kultuurilooline_kollektsioon, lk 88
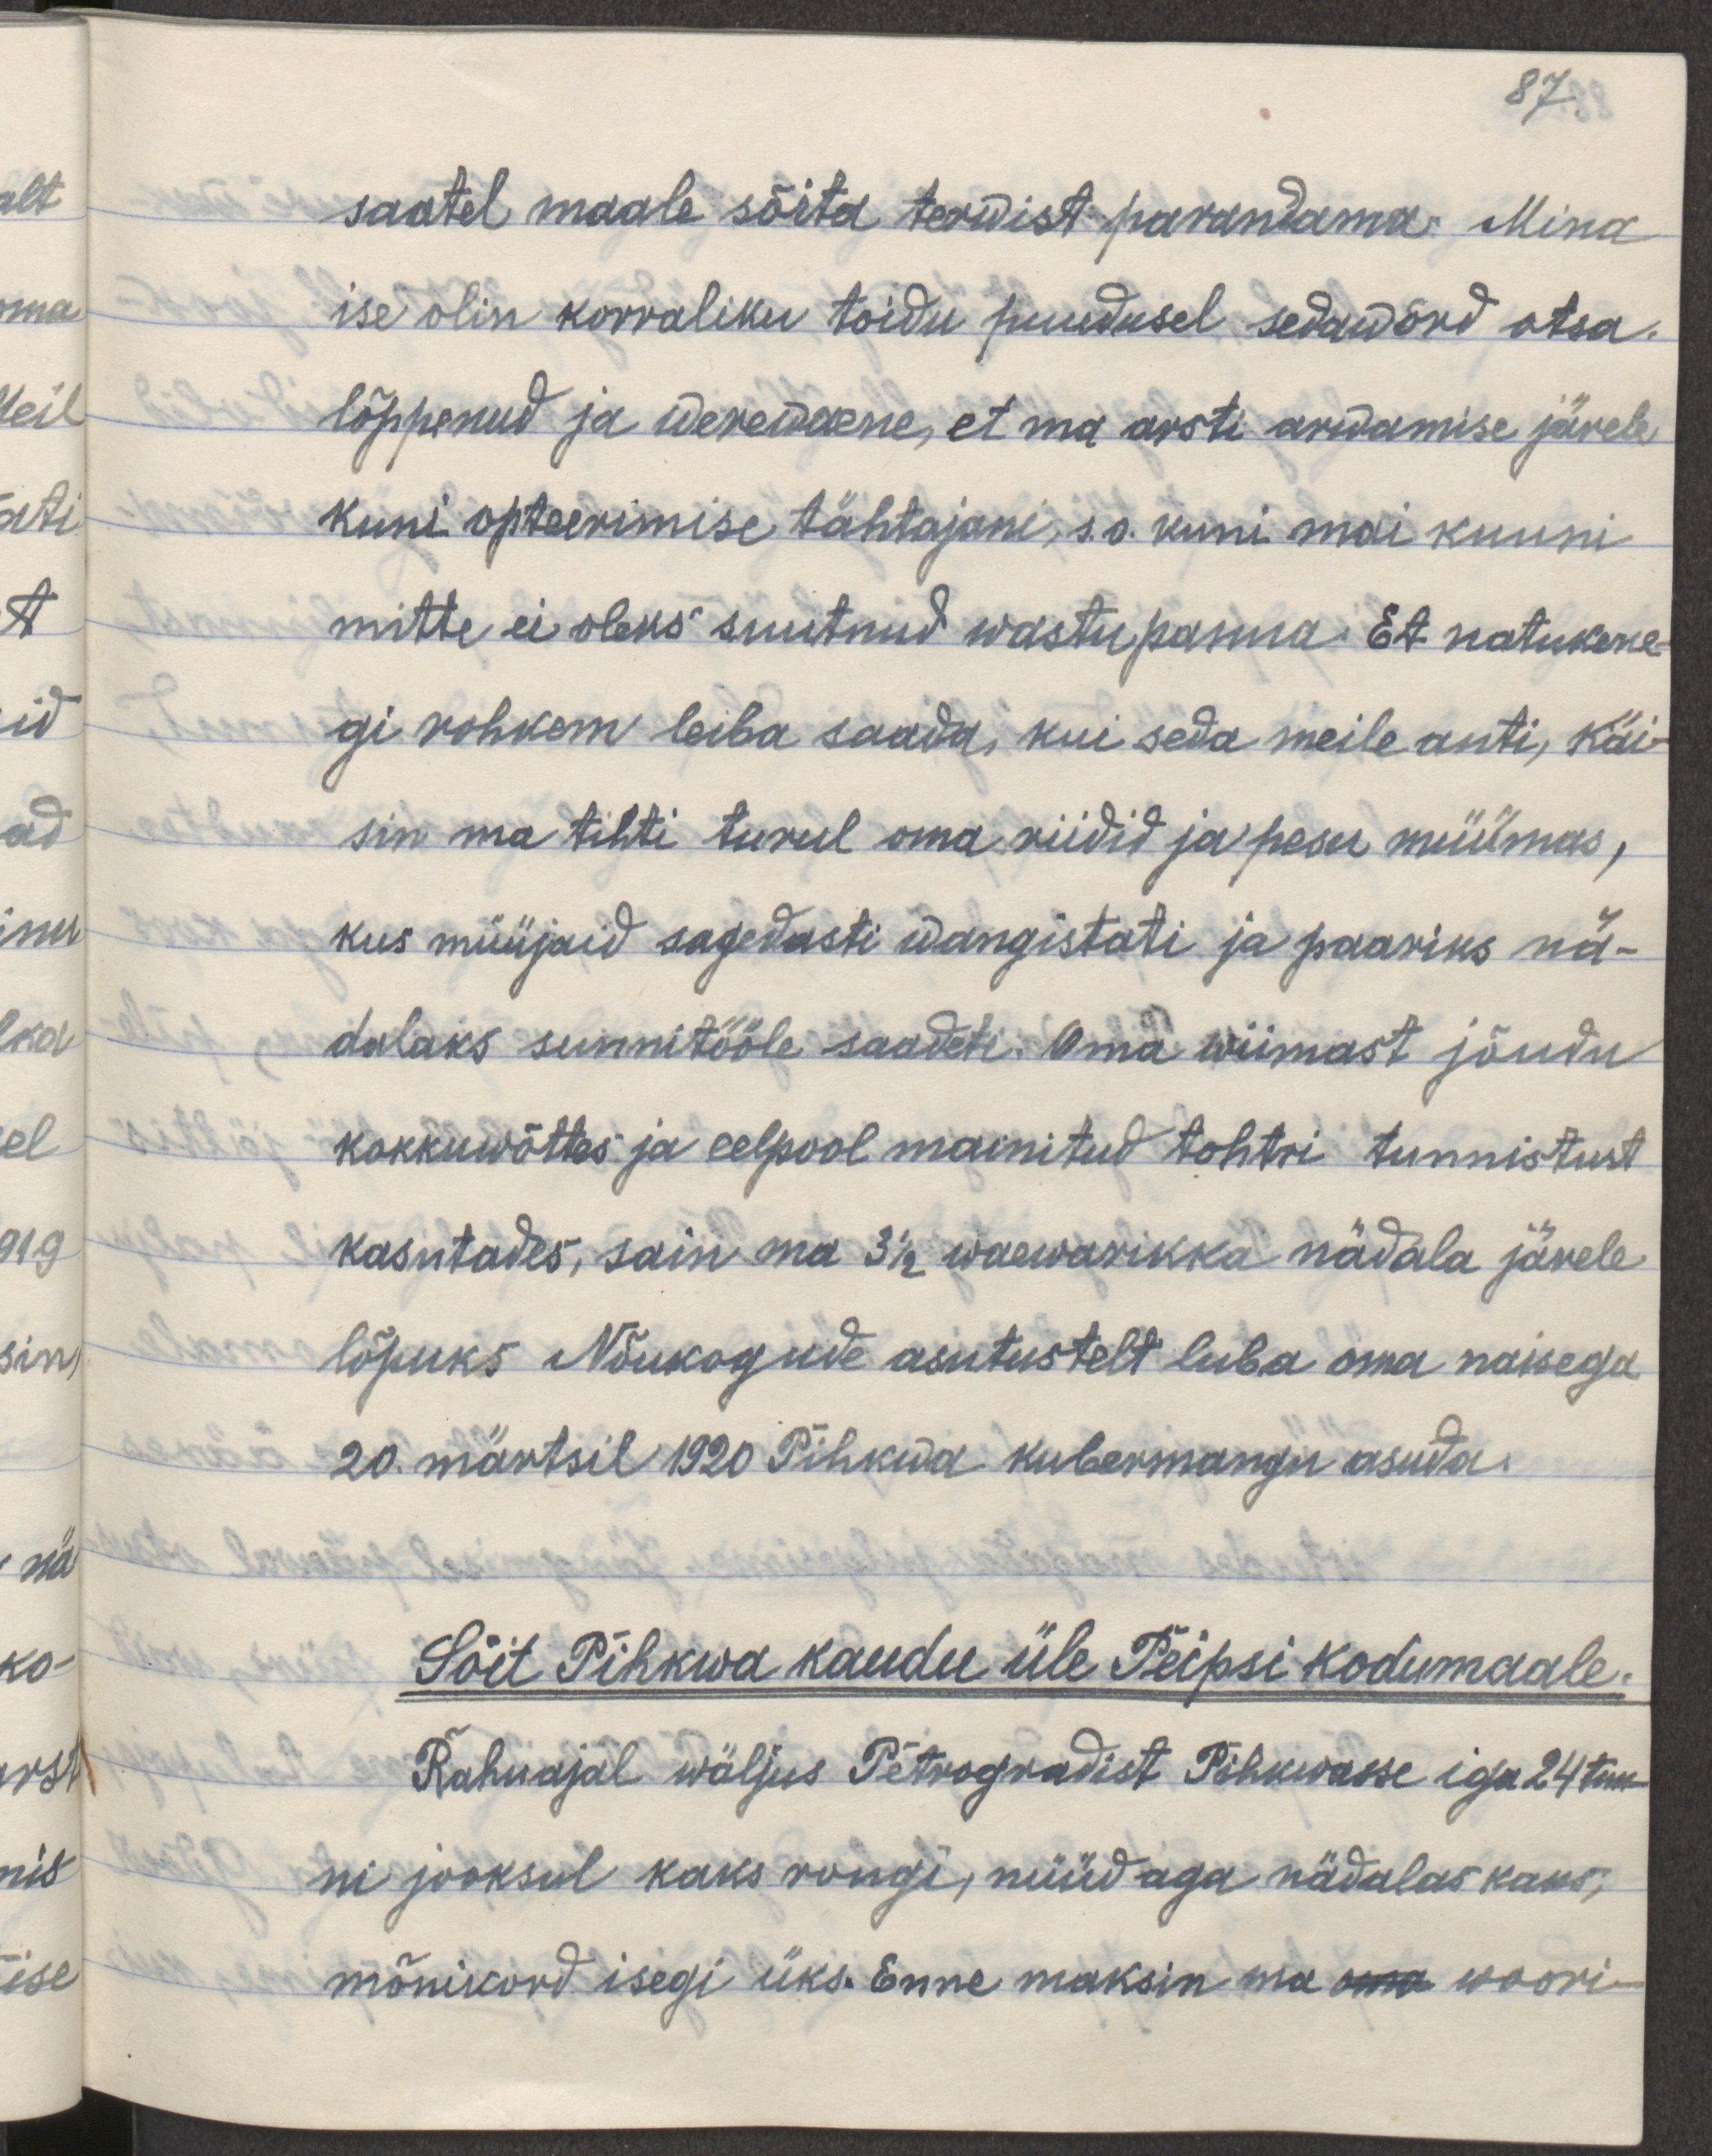
87.
saatel maale sõita terwist parandama. Mina
ise olin korraliku toidu puudusel sedawõrd otsa
lõppenud ja werewaene, et ma arsti aruandmise järele
kuni opteerimise tähtajani, s.o kuni mai kuuni
mitte ei oleks suutnud wastu panna. Et natukene-
gi rohkem leiba saada, kui seda meile anti, käi-
sin ma tihti turul oma riidid ja pesu müümas,
kus müüjaid sagedasti wangistati ja paariks nä-
dalaks sunnitööle saadeti. Oma wiimast jõudu
kokkuwõttes ja eelpool mainitud tohtri tunnistust
kasutades, sain ma 3 1/2 waewarikka nädala järele
lõpuks Nõukogude asutustelt luba oma naisega
20. märtsil 1920 Pihkwa kubermangu asuda.
Sõit Pihkwa kaudu üle Peipsi kodumaale.
Rahuajal wäljus Petrogradist Pihkwasse igal 24 tun-
ni jooksul kaks rongi, nüüd aga nädalas kaks,
mõnikord isegi üks. Enne maksin ma oma woori-